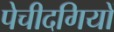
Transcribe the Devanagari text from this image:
पेचीदगियों